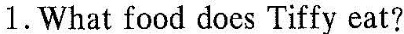
1.What food does Tiffy eat?